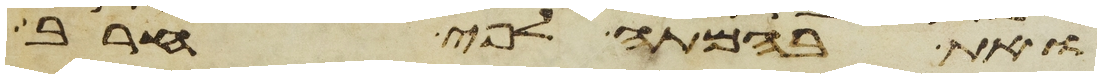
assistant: ואת בהמתה לפי חרב